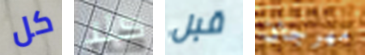
كل كلا قبل مهرجان